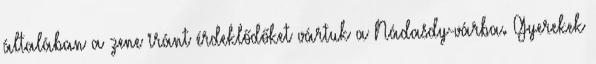
általában a zene iránt érdeklődőket vártuk a Nádasdy-várba. Gyerekek